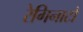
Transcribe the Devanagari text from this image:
रेगिनाटो